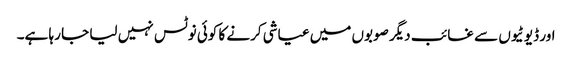
اور ڈیوٹیوں سے غائب دیگر صوبوں میں عیاشی کرنے کا کوئی نوٹس نہیں لیا جا رہا ہے۔